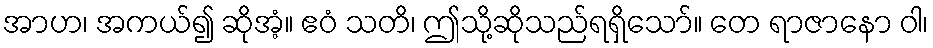
အာဟ၊ အကယ်၍ ဆိုအံ့။ ဧဝံ သတိ၊ ဤသို့ဆိုသည်ရရှိသော်။ တေ ရာဇာနော ဝါ၊